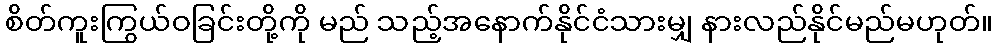
စိတ်ကူးကြွယ်ဝခြင်းတို့ကို မည် သည့်အနောက်နိုင်ငံသားမျှ နားလည်နိုင်မည်မဟုတ်။